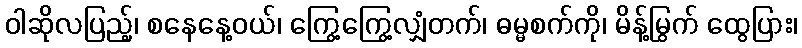
ဝါဆိုလပြည့်၊ စနေနေ့ဝယ်၊ ကြွေ့ကြွေ့လျှံတက်၊ ဓမ္မစက်ကို၊ မိန့်မြွက် ထွေပြား၊